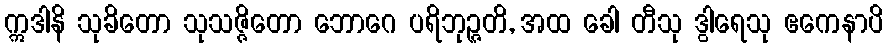
ဣဒါနိ သုခိတော သုသဇ္ဇိတော ဘောဂေ ပရိဘုဉ္ဇတိ, အထ ခေါ တီသု ဒွါရေသု ဧကေနာပိ